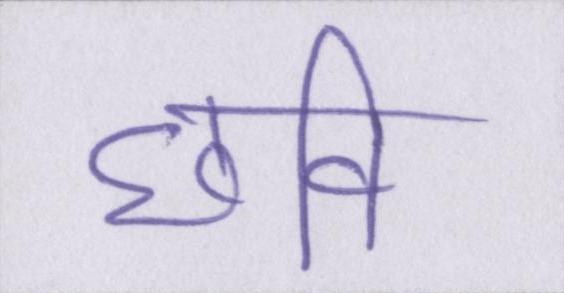
छवि